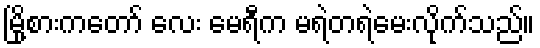
မြို့စားကတော် လေး မေရီက မရဲတရဲမေးလိုက်သည်။